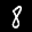
Label: 8